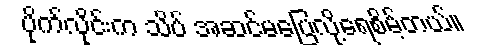
ပိုက်လိုင်းက သိပ် အဆင်မပြေလို့ရေစိမ့်တယ်။